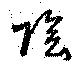
陰